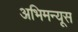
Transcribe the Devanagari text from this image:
अभिमन्यूस